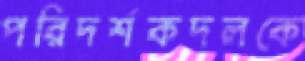
পরিদর্শকদলকে